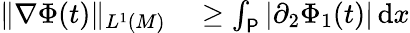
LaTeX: \begin{array}{rl}{\Vert\nabla\Phi(t)\Vert_{L^{1}(M)}}&{{}\ge\int_{\mathsf{P}}|\partial_{2}\Phi_{1}(t)|\, \mathrm{d}x}\end{array}